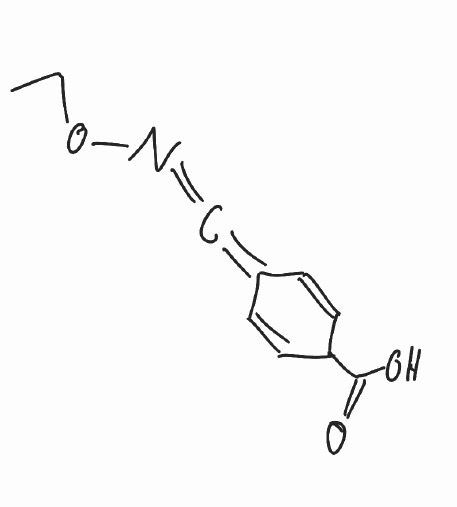
Simplified molecular-input line-entry system (SMILES) notation of the given molecule:
CCON=C=C1C=CC(C=C1)C(=O)O